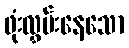
ဖုံးလွှမ်းနေသော